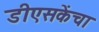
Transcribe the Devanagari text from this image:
डीएसकेंचा